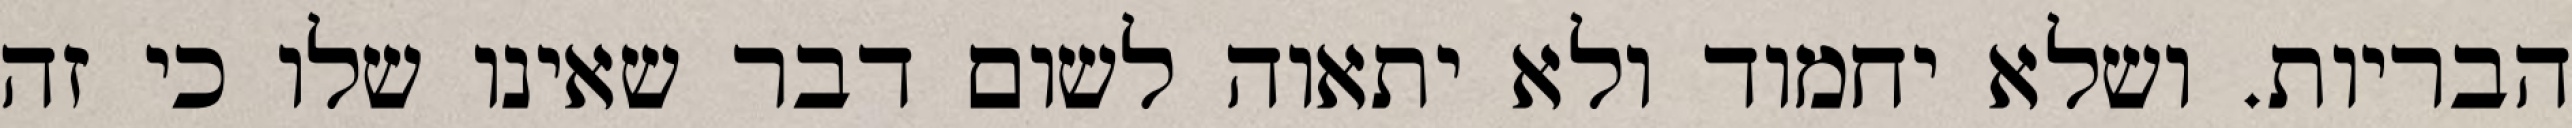
הבריות. ושלא יחמוד ולא יתאוה לשום דבר שאינו שלו כי זה